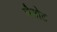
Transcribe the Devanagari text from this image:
चैबोट